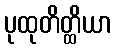
ပုထုတိတ္ထိယာ